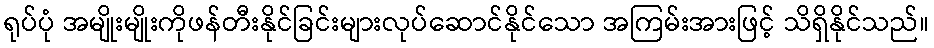
ရုပ်ပုံ အမျိုးမျိုးကိုဖန်တီးနိုင်ခြင်းများလုပ်ဆောင်နိုင်သော အကြမ်းအားဖြင့် သိရှိနိုင်သည်။